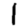
Digit: 1